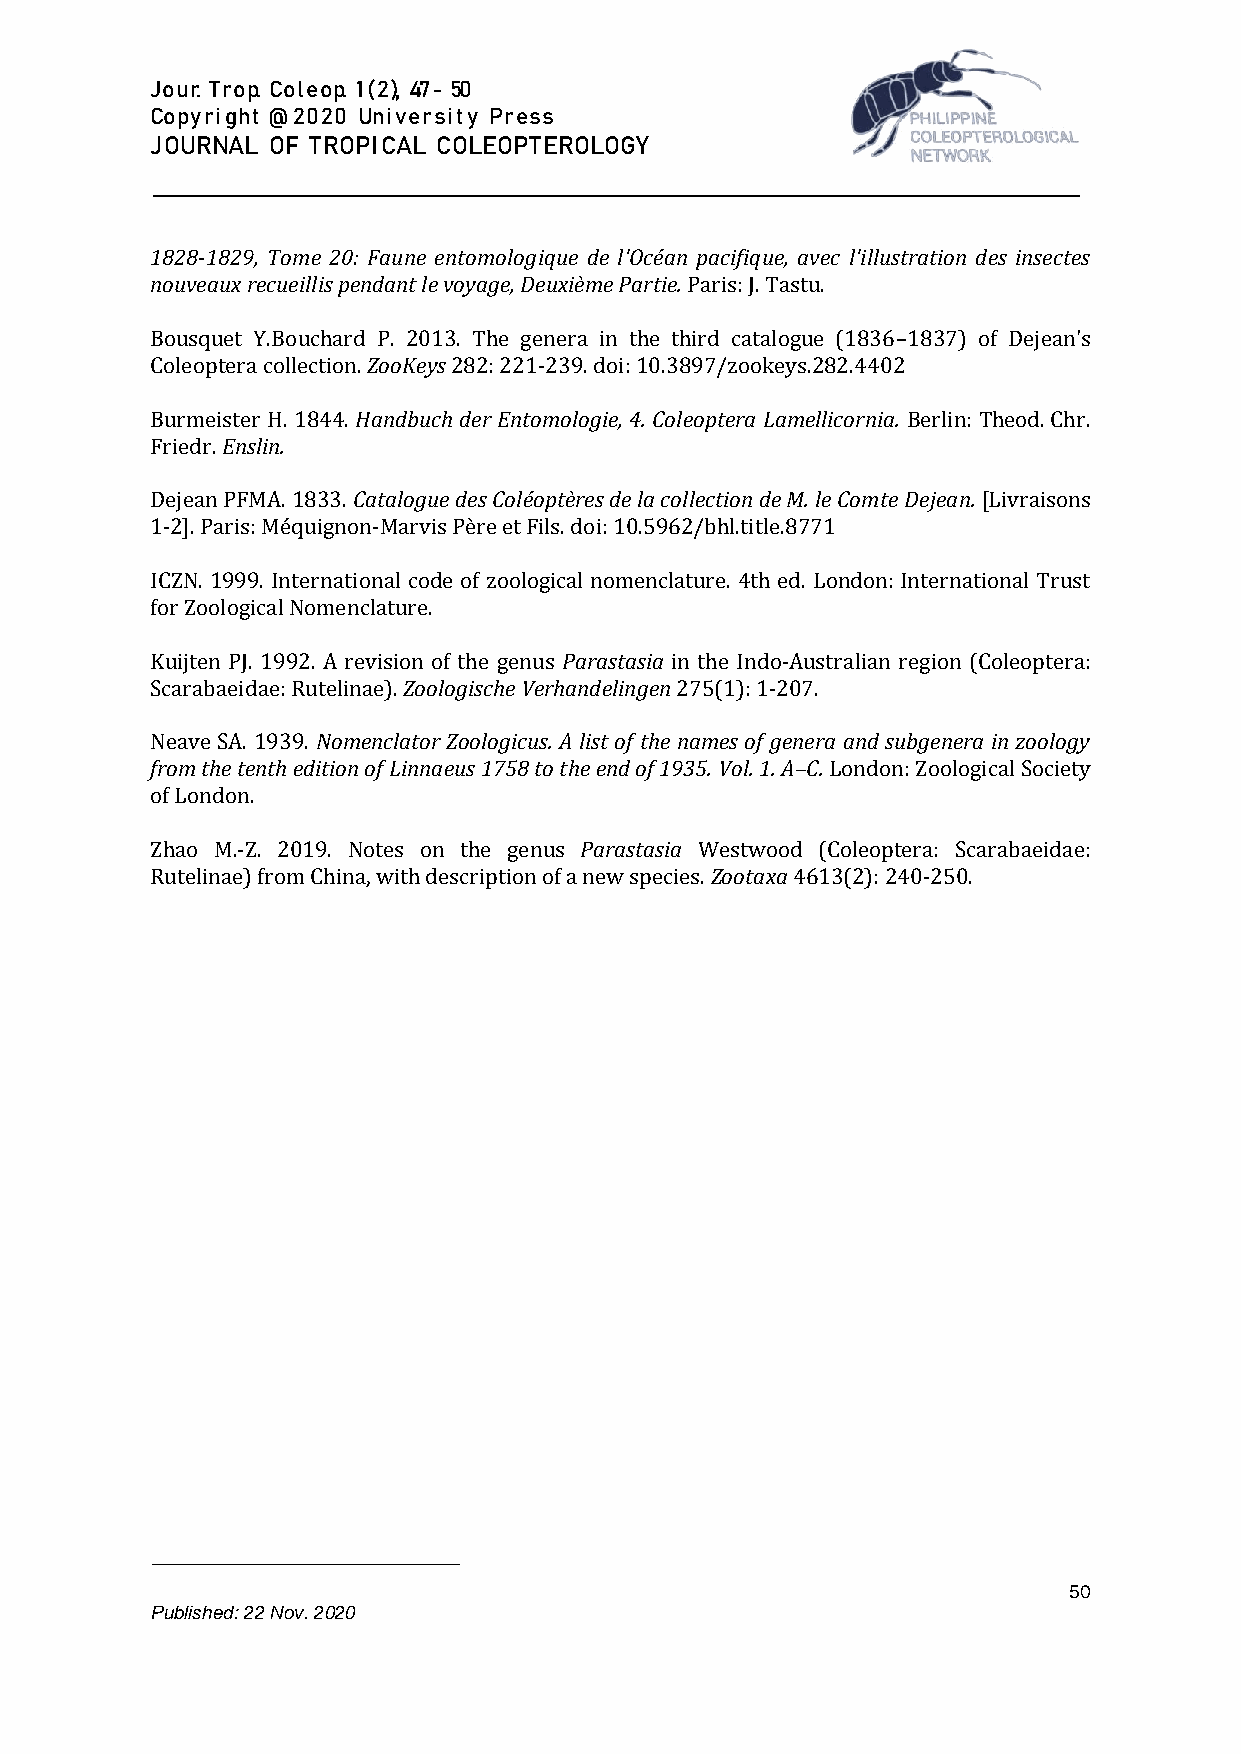
J o u r. T r o p. C o l e o p. 1 ( 2 ), 47 - 50
 C o p y r i g h t @ 2 0 2 0 U n i v e r s i t y P r e s s
 J O U R N A L O F T R O P I C A L C O L E O P T E R O L O G Y
 1828-1829, Tome 20: Faune entomologique de l'Océan pacifique, avec l'illustration des insectes
 nouveaux recueillis pendant le voyage, Deuxième Partie. Paris: J. Tastu.
 Bousquet Y.Bouchard P. 2013. The genera in the third catalogue (1836–1837) of Dejean's
 Coleoptera collection. ZooKeys 282: 221-239. doi: 10.3897/zookeys.282.4402
 Burmeister H. 1844. Handbuch der Entomologie, 4. Coleoptera Lamellicornia. Berlin: Theod. Chr.
 Friedr. Enslin.
 Dejean PFMA. 1833. Catalogue des Coléoptères de la collection de M. le Comte Dejean. [Livraisons
 1-2]. Paris: Méquignon-Marvis Père et Fils. doi: 10.5962/bhl.title.8771
 ICZN. 1999. International code of zoological nomenclature. 4th ed. London: International Trust
 for Zoological Nomenclature.
 Kuijten PJ. 1992. A revision of the genus Parastasia in the Indo-Australian region (Coleoptera:
 Scarabaeidae: Rutelinae). Zoologische Verhandelingen 275(1): 1-207.
 Neave SA. 1939. Nomenclator Zoologicus. A list of the names of genera and subgenera in zoology
 from the tenth edition of Linnaeus 1758 to the end of 1935. Vol. 1. A–C. London: Zoological Society
 of London.
 Zhao M.-Z. 2019. Notes on the genus Parastasia Westwood (Coleoptera: Scarabaeidae:
 Rutelinae) from China, with description of a new species. Zootaxa 4613(2): 240-250.
 50
 Published: 22 Nov. 2020